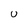
Character: u